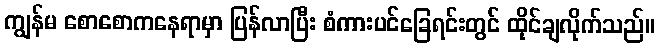
ကျွန်မ စောစောကနေရာမှာ ပြန်လာပြီး စံကားပင်ခြေရင်းတွင် ထိုင်ချလိုက်သည်။